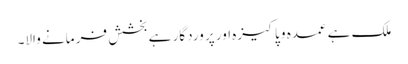
ملک ہے عمدہ و پاکیزہ اور پر وردگار ہے بخشش فر مانے والا۔